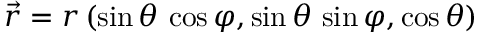
\vec { r } = r \, ( \sin \theta \, \cos \varphi , \sin \theta \, \sin \varphi , \cos \theta )